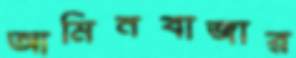
আমিনবাজার